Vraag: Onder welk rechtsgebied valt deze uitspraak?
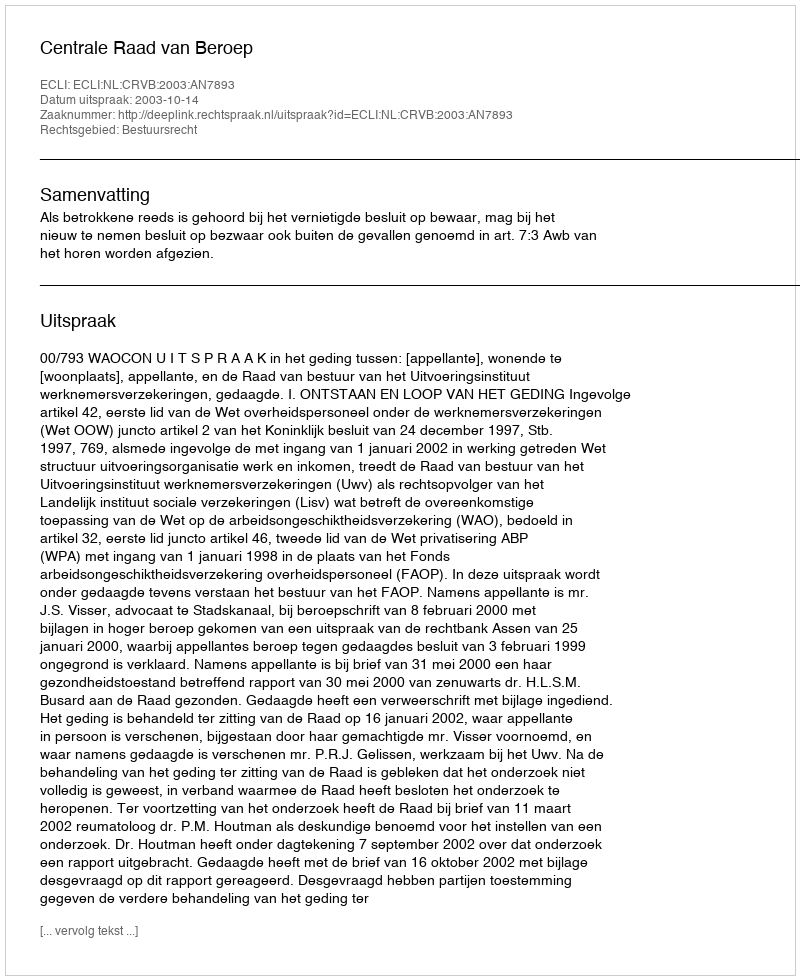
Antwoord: Bestuursrecht